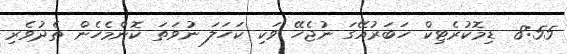
8:55  ޑިމޮކުރެޓިކް ހަބަރުއޭގަ ނުޖެހޭ ވަކި ކަހަލަ ނުވަތަ ކޮންމެހެން ތެދުވެރި